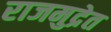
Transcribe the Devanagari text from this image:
राजमुद्रेत